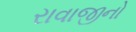
રાવાજીનો